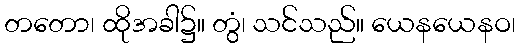
တတော၊ ထိုအခါ၌။ တွံ၊ သင်သည်။ ယေနယေနဝ၊